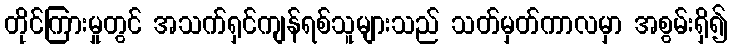
တိုင်ကြားမှုတွင် အသက်ရှင်ကျန်ရစ်သူများသည် သတ်မှတ်ကာလမှာ အစွမ်းရှိ၍